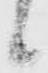
候